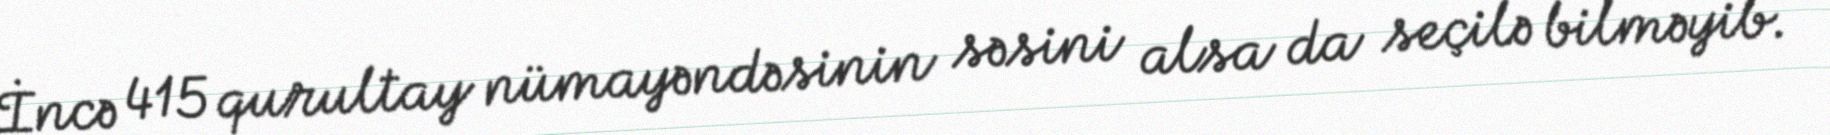
İncə 415 qurultay nümayəndəsinin səsini alsa da seçilə bilməyib.